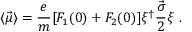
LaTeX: \langle \vec { \mu } \rangle = \frac { e } { m } [ F _ { 1 } ( 0 ) + F _ { 2 } ( 0 ) ] { \xi } ^ { \dagger } \frac { \vec { \sigma } } { 2 } \xi \ .